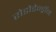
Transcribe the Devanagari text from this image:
रोडोडेन्‍ड्रॉन